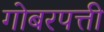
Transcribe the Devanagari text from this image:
गोबरपत्ती